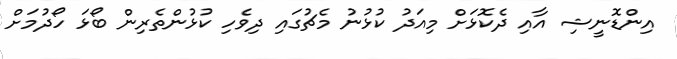
އިންޑޮނީޝި އާއި ދެކޮޅަށް މިއަދު ކުޅުނު މެޗުގައި ދިވެހި ކުޅުންތެރިން ބޯޅަ ހޯދުމަށް